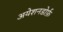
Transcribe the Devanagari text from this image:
अयेशनडोर्फ़